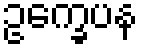
ဥက္ခေပန